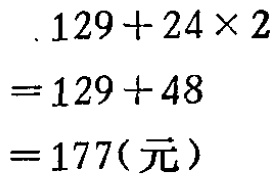
\[

\begin{align*}

&129 + 24\times2\\

=&129 + 48\\

=&177(\text{元})

\end{align*}

\]